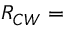
R _ { C W } =